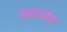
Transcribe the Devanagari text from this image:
अमानोत